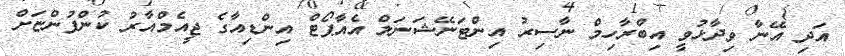
އަދި އޭނާ ވިދާޅުވީ އިބްރާހިމް ނާސިރު އިންޓަނޭޝަނަލް އެއާޕޯޓް އިންޑިއާގެ ޖީއެމްއާރު ކުންފުންޏަށް